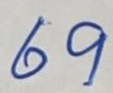
69